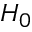
H _ { 0 }